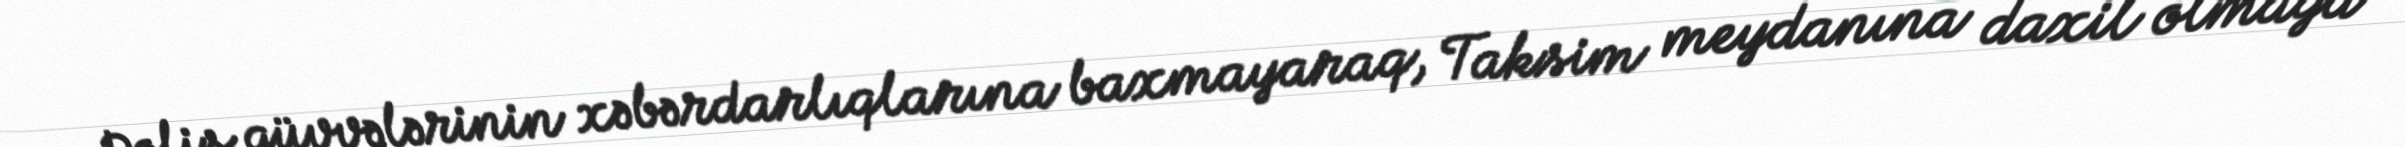
Polis qüvvələrinin xəbərdarlıqlarına baxmayaraq, Taksim meydanına daxil olmağa